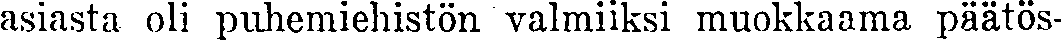
asiasta oli puhemiehistön valmiiksi muokkaama päätös-